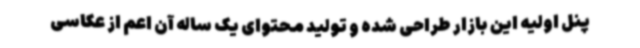
پنل اولیه این بازار طراحی شده و تولید محتوای یک ساله آن اعم از عکاسی